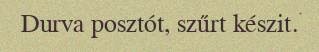
Durva posztót, szűrt készit.